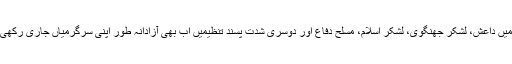
بلوچستان میں داعش، لشکر جھنگوی، لشکر اسلام، مسلح دفاع اور دوسری شدت پسند تنظیمیں اب بھی آزادانہ طور اپنی سرگرمیاں جاری رکھی ہوئی ہیں۔